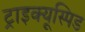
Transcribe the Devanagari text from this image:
ट्राइक्यूस्पिड